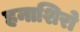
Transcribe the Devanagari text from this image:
हनाशिरो